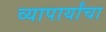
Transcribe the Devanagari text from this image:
व्यापार्यांचा